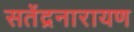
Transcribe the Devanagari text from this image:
सतेंद्रनारायण